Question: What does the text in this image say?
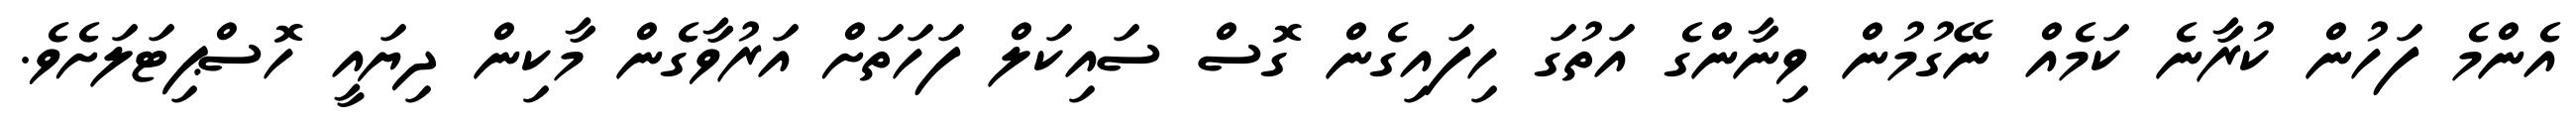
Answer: އެންމެ ފަހުން ކުރާނެ ކަމެއް ނޭގުމުން ވިނާންގެ އަތުގަ ހިފައިގެން ގޮސް ސައިކަލް ފަހަތަށް އަރުވާގެން މާކިން ދިޔައީ ހޮސްޕިޓަލަށެވެ.